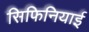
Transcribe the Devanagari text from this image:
सिफिनियाई